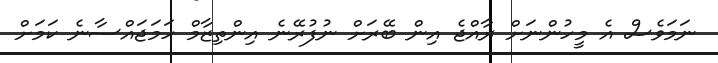
ނަމަވެސް އެ މީހުންނަށް ރާއްޖެ އިން ބޭރަށް ނުފުރޭނެ އިންތިޒާމް ހަމަޖައްސާނެ ކަމަށް